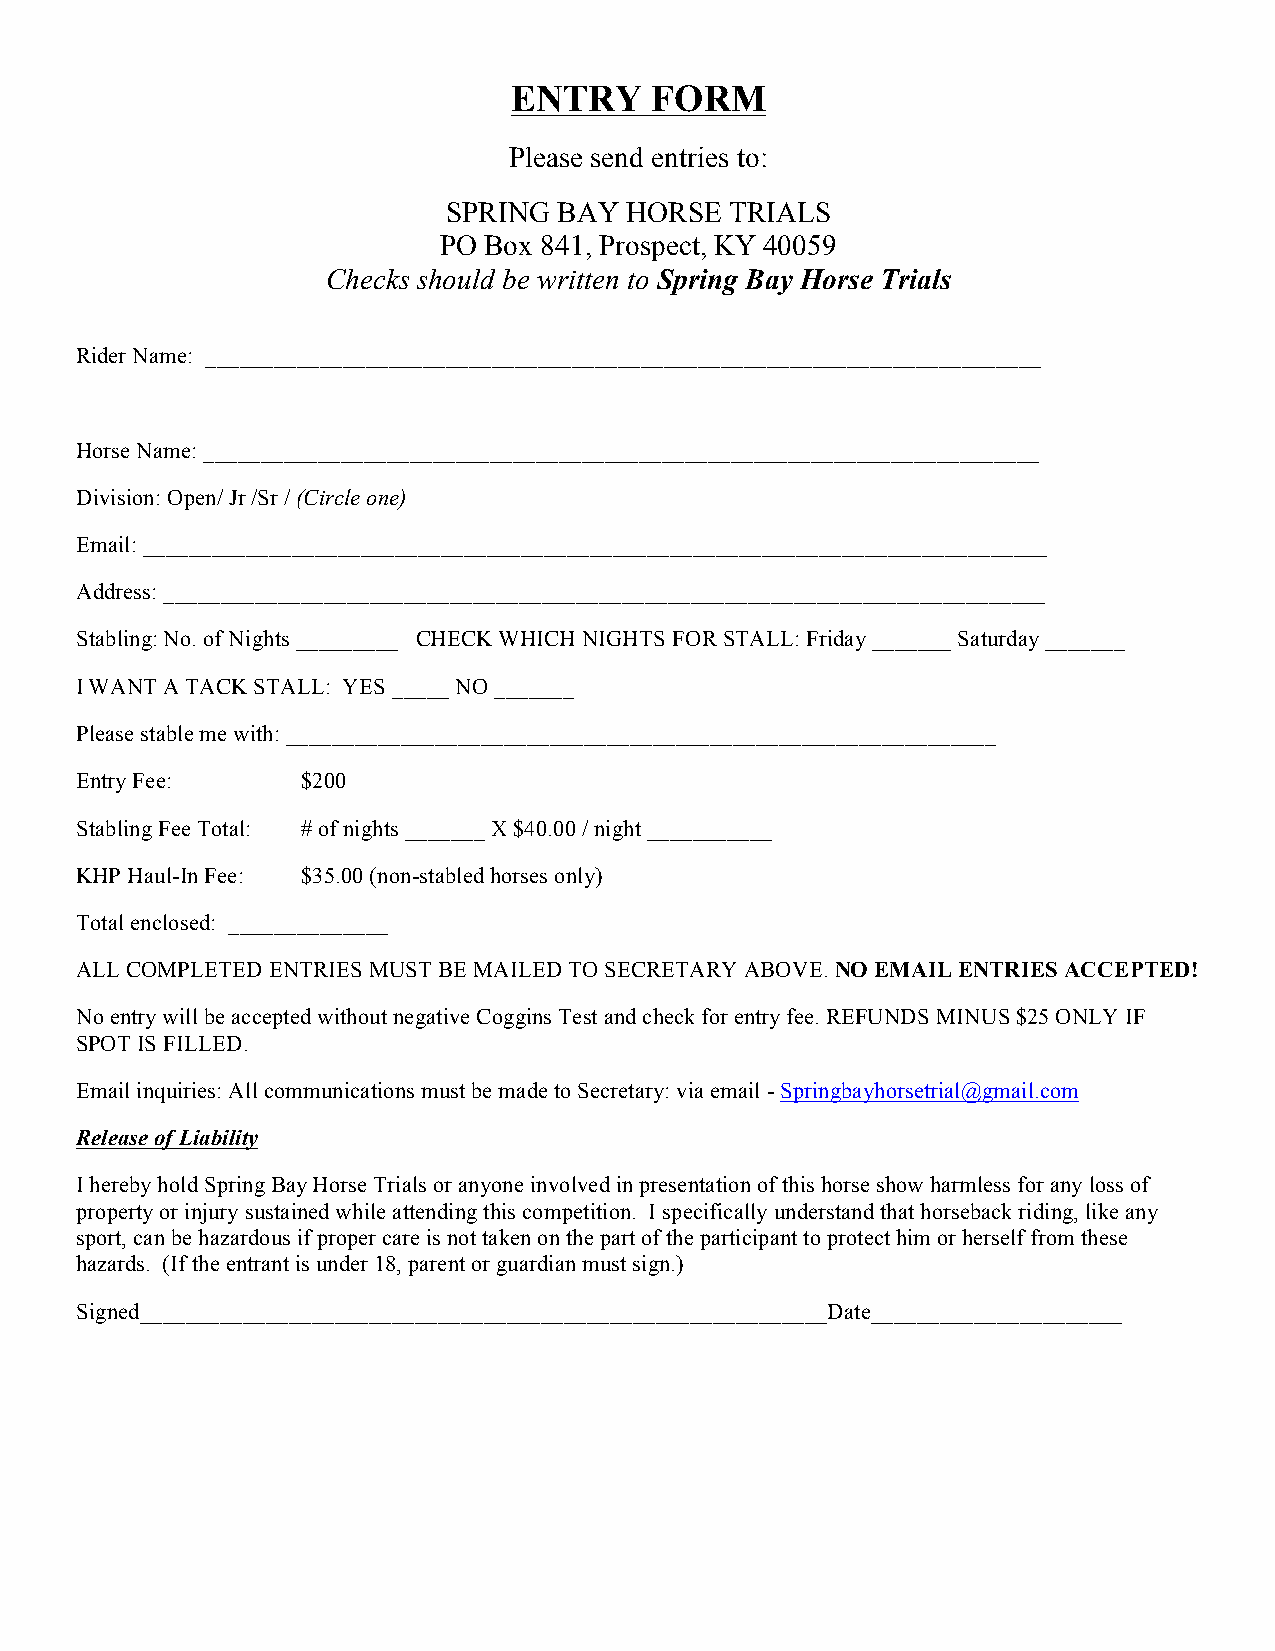
ENTRY    FORM
 Please send entries to:
 SPRING BAY HORSE  TRIALS
 PO Box 841, Prospect, KY 40059
 Checks should be written to Spring Bay Horse Trials
 Rider Name: _________________________________________________________________________
 Horse Name: _________________________________________________________________________
 Division: Open/ Jr /Sr / (Circle one)
 Email: _______________________________________________________________________________
 Address: _____________________________________________________________________________
 Stabling: No. of Nights _________ CHECK WHICH NIGHTS FOR STALL: Friday _______ Saturday _______
 I WANT A TACK STALL: YES _____ NO _______
 Please stable me with: ______________________________________________________________
 Entry Fee:     $200
 Stabling Fee Total: # of nights _______ X $40.00 / night ___________
 KHP Haul-In Fee: $35.00 (non-stabled horses only)
 Total enclosed: ______________
 ALL COMPLETED ENTRIES MUST BE MAILED TO SECRETARY ABOVE. NO EMAIL ENTRIES ACCEPTED!
 No entry will be accepted without negative Coggins Test and check for entry fee. REFUNDS MINUS $25 ONLY IF
 SPOT IS FILLED.
 Email inquiries: All communications must be made to Secretary: via email - Springbayhorsetrial@gmail.com
 Release of Liability
 I hereby hold Spring Bay Horse Trials or anyone involved in presentation of this horse show harmless for any loss of
 property or injury sustained while attending this competition. I specifically understand that horseback riding, like any
 sport, can be hazardous if proper care is not taken on the part of the participant to protect him or herself from these
 hazards. (If the entrant is under 18, parent or guardian must sign.)
 Signed____________________________________________________________Date______________________